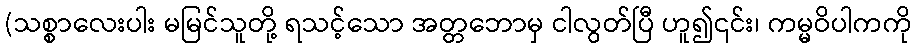
(သစ္စာလေးပါး မမြင်သူတို့ ရသင့်သော အတ္တဘောမှ ငါလွတ်ပြီ ဟူ၍၎င်း၊ ကမ္မဝိပါကကို